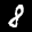
Label: 8